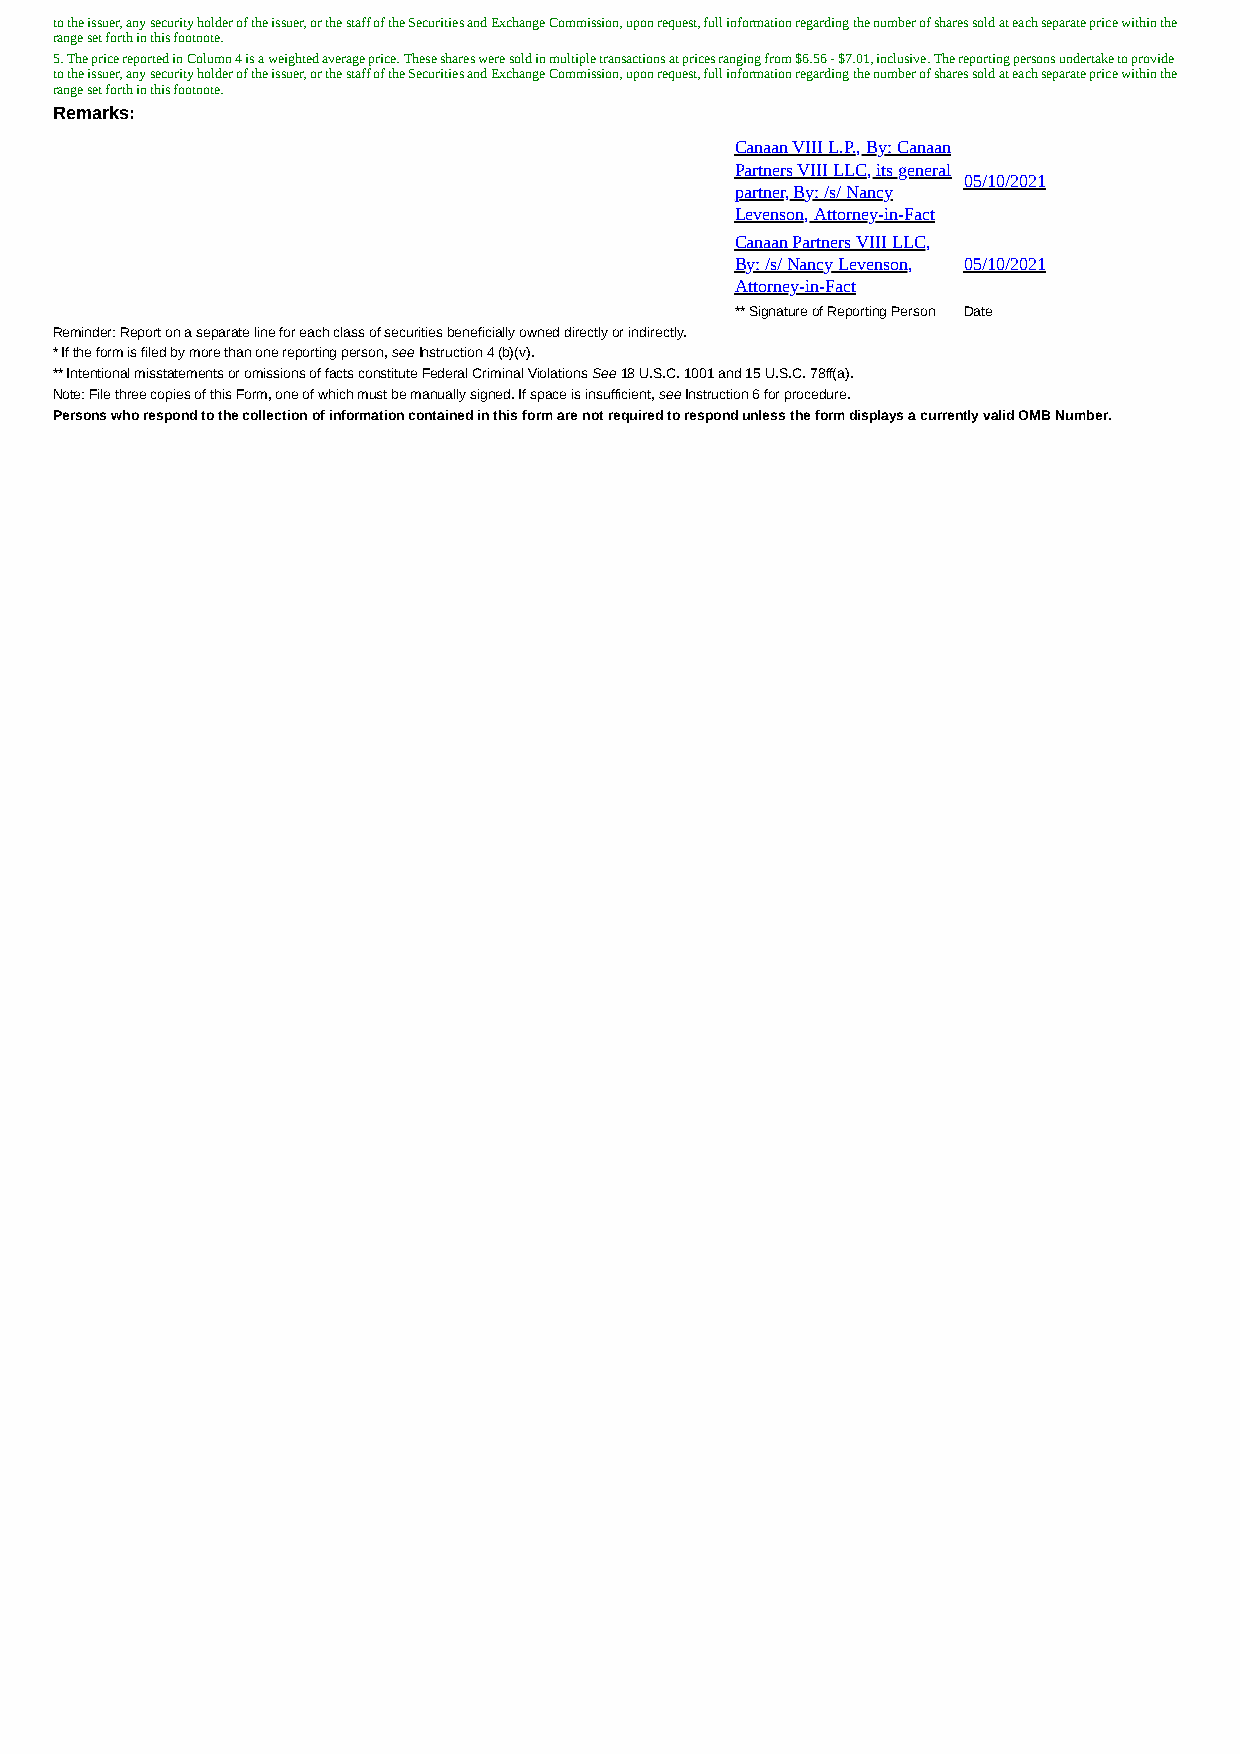
to the issuer, any security holder of the issuer, or the staff of the Securities and Exchange Commission, upon request, full information regarding the number of shares sold at each separate price within the
 range set forth in this footnote.
 5. The price reported in Column 4 is a weighted average price. These shares were sold in multiple transactions at prices ranging from $6.56 - $7.01, inclusive. The reporting persons undertake to provide
 to the issuer, any security holder of the issuer, or the staff of the Securities and Exchange Commission, upon request, full information regarding the number of shares sold at each separate price within the
 range set forth in this footnote.
 Remarks:
 Canaan VIII L.P., By: Canaan
 Partners VIII LLC, its general
 05/10/2021
 partner, By: /s/ Nancy
 Levenson, Attorney-in-Fact
 Canaan Partners VIII LLC,
 By: /s/ Nancy Levenson, 05/10/2021
 Attorney-in-Fact
 ** Signature of Reporting Person Date
 Reminder: Report on a separate line for each class of securities beneficially owned directly or indirectly.
 * If the form is filed by more than one reporting person, see Instruction 4 (b)(v).
 ** Intentional misstatements or omissions of facts constitute Federal Criminal Violations See 18 U.S.C. 1001 and 15 U.S.C. 78ff(a).
 Note: File three copies of this Form, one of which must be manually signed. If space is insufficient, see Instruction 6 for procedure.
 Persons who respond to the collection of information contained in this form are not required to respond unless the form displays a currently valid OMB Number.